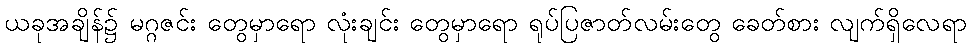
ယခုအချိန်၌ မဂ္ဂဇင်း တွေမှာရော လုံးချင်း တွေမှာရော ရုပ်ပြဇာတ်လမ်းတွေ ခေတ်စား လျက်ရှိလေရာ